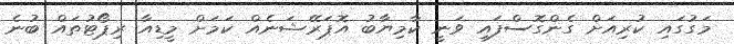
މަގުގައި ކުރިއަށް ގެންގޮސްފައި ވަނީ ކާމިޔާބު އޮޕަރޭޝަނެއް ކަމަށް މީޑިއާ ރިޕޯޓުތައް ބުނެ